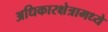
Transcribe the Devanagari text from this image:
अधिकारक्षेत्रामध्ये